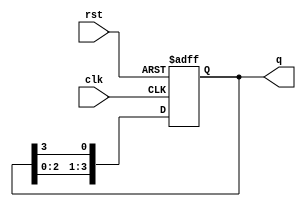
module ring_counter #(parameter N = 4) (
    input wire clk,       // Clock signal
    input wire rst,       // Reset signal
    output reg [N-1:0] q // Output state of the ring counter
);

    // Initial state setup
    initial begin
        q = 1'b1; // Start with the least significant bit set
    end

    // Always block to define the behavior of the ring counter
    always @(posedge clk or posedge rst) begin
        if (rst) begin
            // Reset logic, initializing the counter to the starting state
            q <= 1'b1; // Reset to initial state
        end else begin
            // Shift the '1' to the right
            q <= {q[N-2:0], q[N-1]}; // Shift right, with feedback from the last bit
        end
    end

endmodule